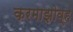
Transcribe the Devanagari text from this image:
करमाझोव्ह